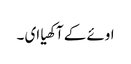
اوئے کے آکھیا ای ۔